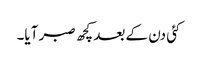
کئی دن کے بعد کچھ صبر آیا۔